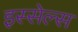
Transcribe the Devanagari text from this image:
इस्सेल्स